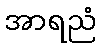
အာရညံ